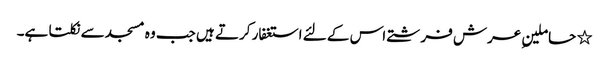
٭ حاملینِ عرش فرشتے اس کے لئے استغفار کرتے ہیں جب وہ مسجد سے نکلتا ہے۔